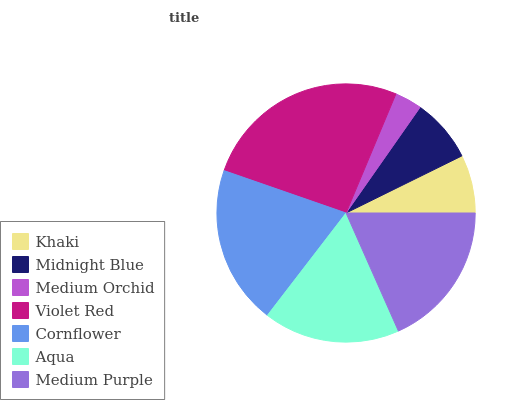
| Khaki | Midnight Blue | Medium Orchid | Violet Red | Cornflower | Aqua | Medium Purple |
 | --- | --- | --- | --- | --- | --- | --- |
 | 7.3% | 8% | 3.41% | 26% | 19.9% | 17.1% | 18.3% |